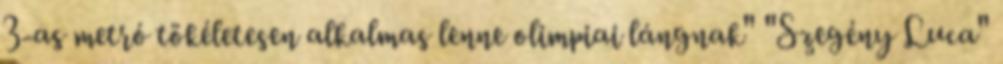
3-as metró tökéletesen alkalmas lenne olimpiai lángnak" "Szegény Luca"